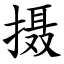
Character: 摄